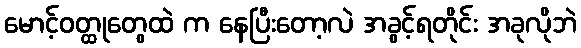
မောင့်ဝတ္ထုတွေထဲ က နေပြီးတော့လဲ အခွင့်ရတိုင်း အခုလိုဘဲ